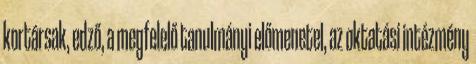
kortársak, edző, a megfelelő tanulmányi előmenetel, az oktatási intézmény